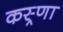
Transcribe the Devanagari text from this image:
कस्र्णा